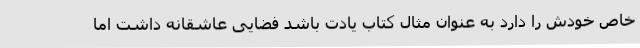
خاص خودش را دارد به عنوان مثال کتاب یادت باشد فضایی عاشقانه داشت اما